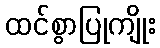
ထင်စွာပြုကျိုး